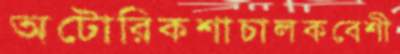
অটোরিকশাচালকবেশী